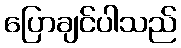
ပြောချင်ပါသည်